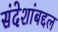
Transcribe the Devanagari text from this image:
संदेशांबद्दल